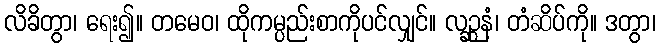
လိခိတွာ၊ ရေး၍။ တမေဝ၊ ထိုကမ္ပည်းစာကိုပင်လျှင်။ လဉ္ဆနံ၊ တံဆိပ်ကို။ ဒတွာ၊